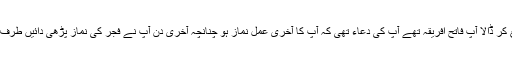
آپ نے ذات الصوریٰ میں ایک ہزار کشتیوں پر مشتمل رومی بیڑے کو بری طرح سے تہ تیغ کر ڈالا آپ فاتح افریقہ تھے آپ کی دعاء تھی کہ آپ کا آخری عمل نماز ہو چنانچہ آخری دن آپ نے فجر کی نماز پڑھی دائیں طرف سلام پھیر لیا اور بائیں طرف سلام پھیرتے ہوئے انتقال فرما گئے آپ کا انتقال رملہ میں ہوا ۔